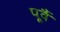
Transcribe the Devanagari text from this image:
पूर्वै